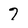
Character: 7